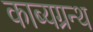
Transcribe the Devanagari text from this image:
काब्यग्रन्थ